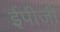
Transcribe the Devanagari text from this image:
ईपीजी